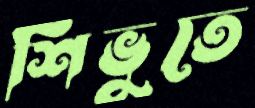
শিভুতে